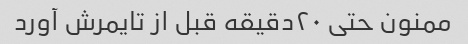
ممنون حتی ۲۰دقیقه قبل از تایمرش آورد